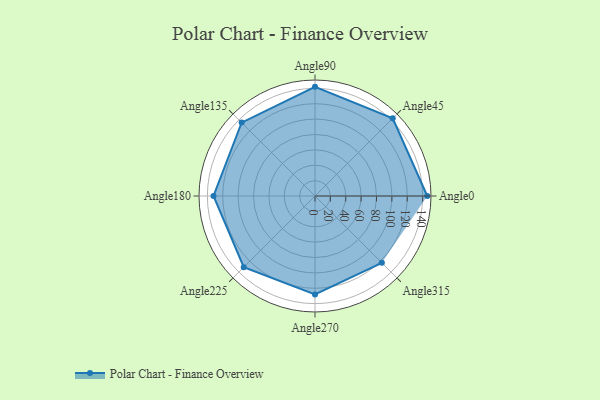
{"axis": {"x": "Angle", "y": "Radius"}, "legend": [""], "data": [{"x": "Angle0", "y": 146.0, "type": ""}, {"x": "Angle45", "y": 143.0, "type": ""}, {"x": "Angle90", "y": 142.0, "type": ""}, {"x": "Angle135", "y": 135.0, "type": ""}, {"x": "Angle180", "y": 132.0, "type": ""}, {"x": "Angle225", "y": 131.0, "type": ""}, {"x": "Angle270", "y": 128.0, "type": ""}, {"x": "Angle315", "y": 123.0, "type": ""}]}